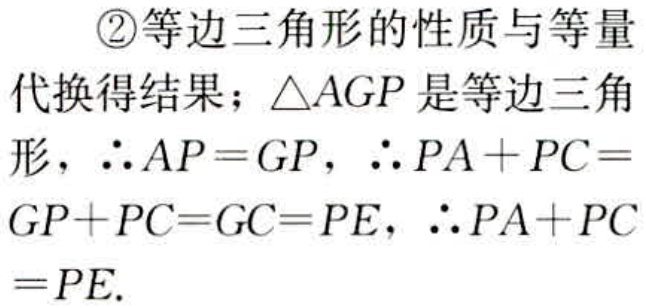
\textcircled{2}等边三角形的性质与等量
代换得结果；\(\triangle AGP\)是等边三角
形，\(\therefore AP = GP\)，\(\therefore PA + PC =
GP + PC = GC = PE\)，\(\therefore PA + PC
= PE\).